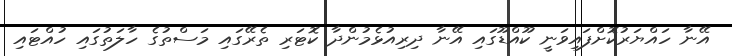
އޭނާ ހައްޔަރުކޮށްފައިވަނީ ކޫއްޑޫގައި އޭނާ ދިރިއުޅެމުންދާ ކޮޓަރި ތެރޭގައި މަސްތުގެ ހާލަތުގައި ހުއްޓައި